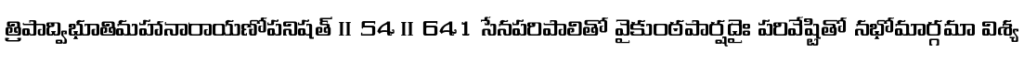
త్రిపాద్విభూతిమహానారాయణోపనిషత్ ॥ 54 ॥ 641 సేనపరిపాలితో వైకుంఠపార్షదైః పరివేష్టితో నభోమార్గమా విశ్య